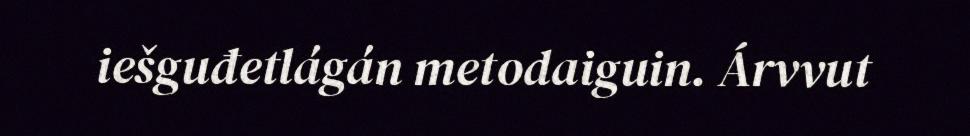
iešguđetlágán metodaiguin. Árvvut